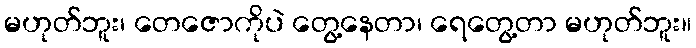
မဟုတ်ဘူး၊ တေဇောကိုပဲ တွေ့နေတာ၊ ရေတွေ့တာ မဟုတ်ဘူး။